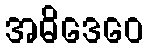
အဓိဒေဝေ